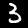
Digit: 3